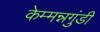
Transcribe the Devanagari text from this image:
केम्मन्नगुंडी